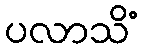
ပလာသိံ